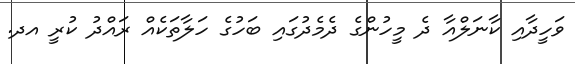
ވަހީދާއި ކާނަލްއާ ދެ މީހުންގެ ދެމެދުގައި ބަހުގެ ހަލާތަކެއް ރައްދު ކުރީ އދ.